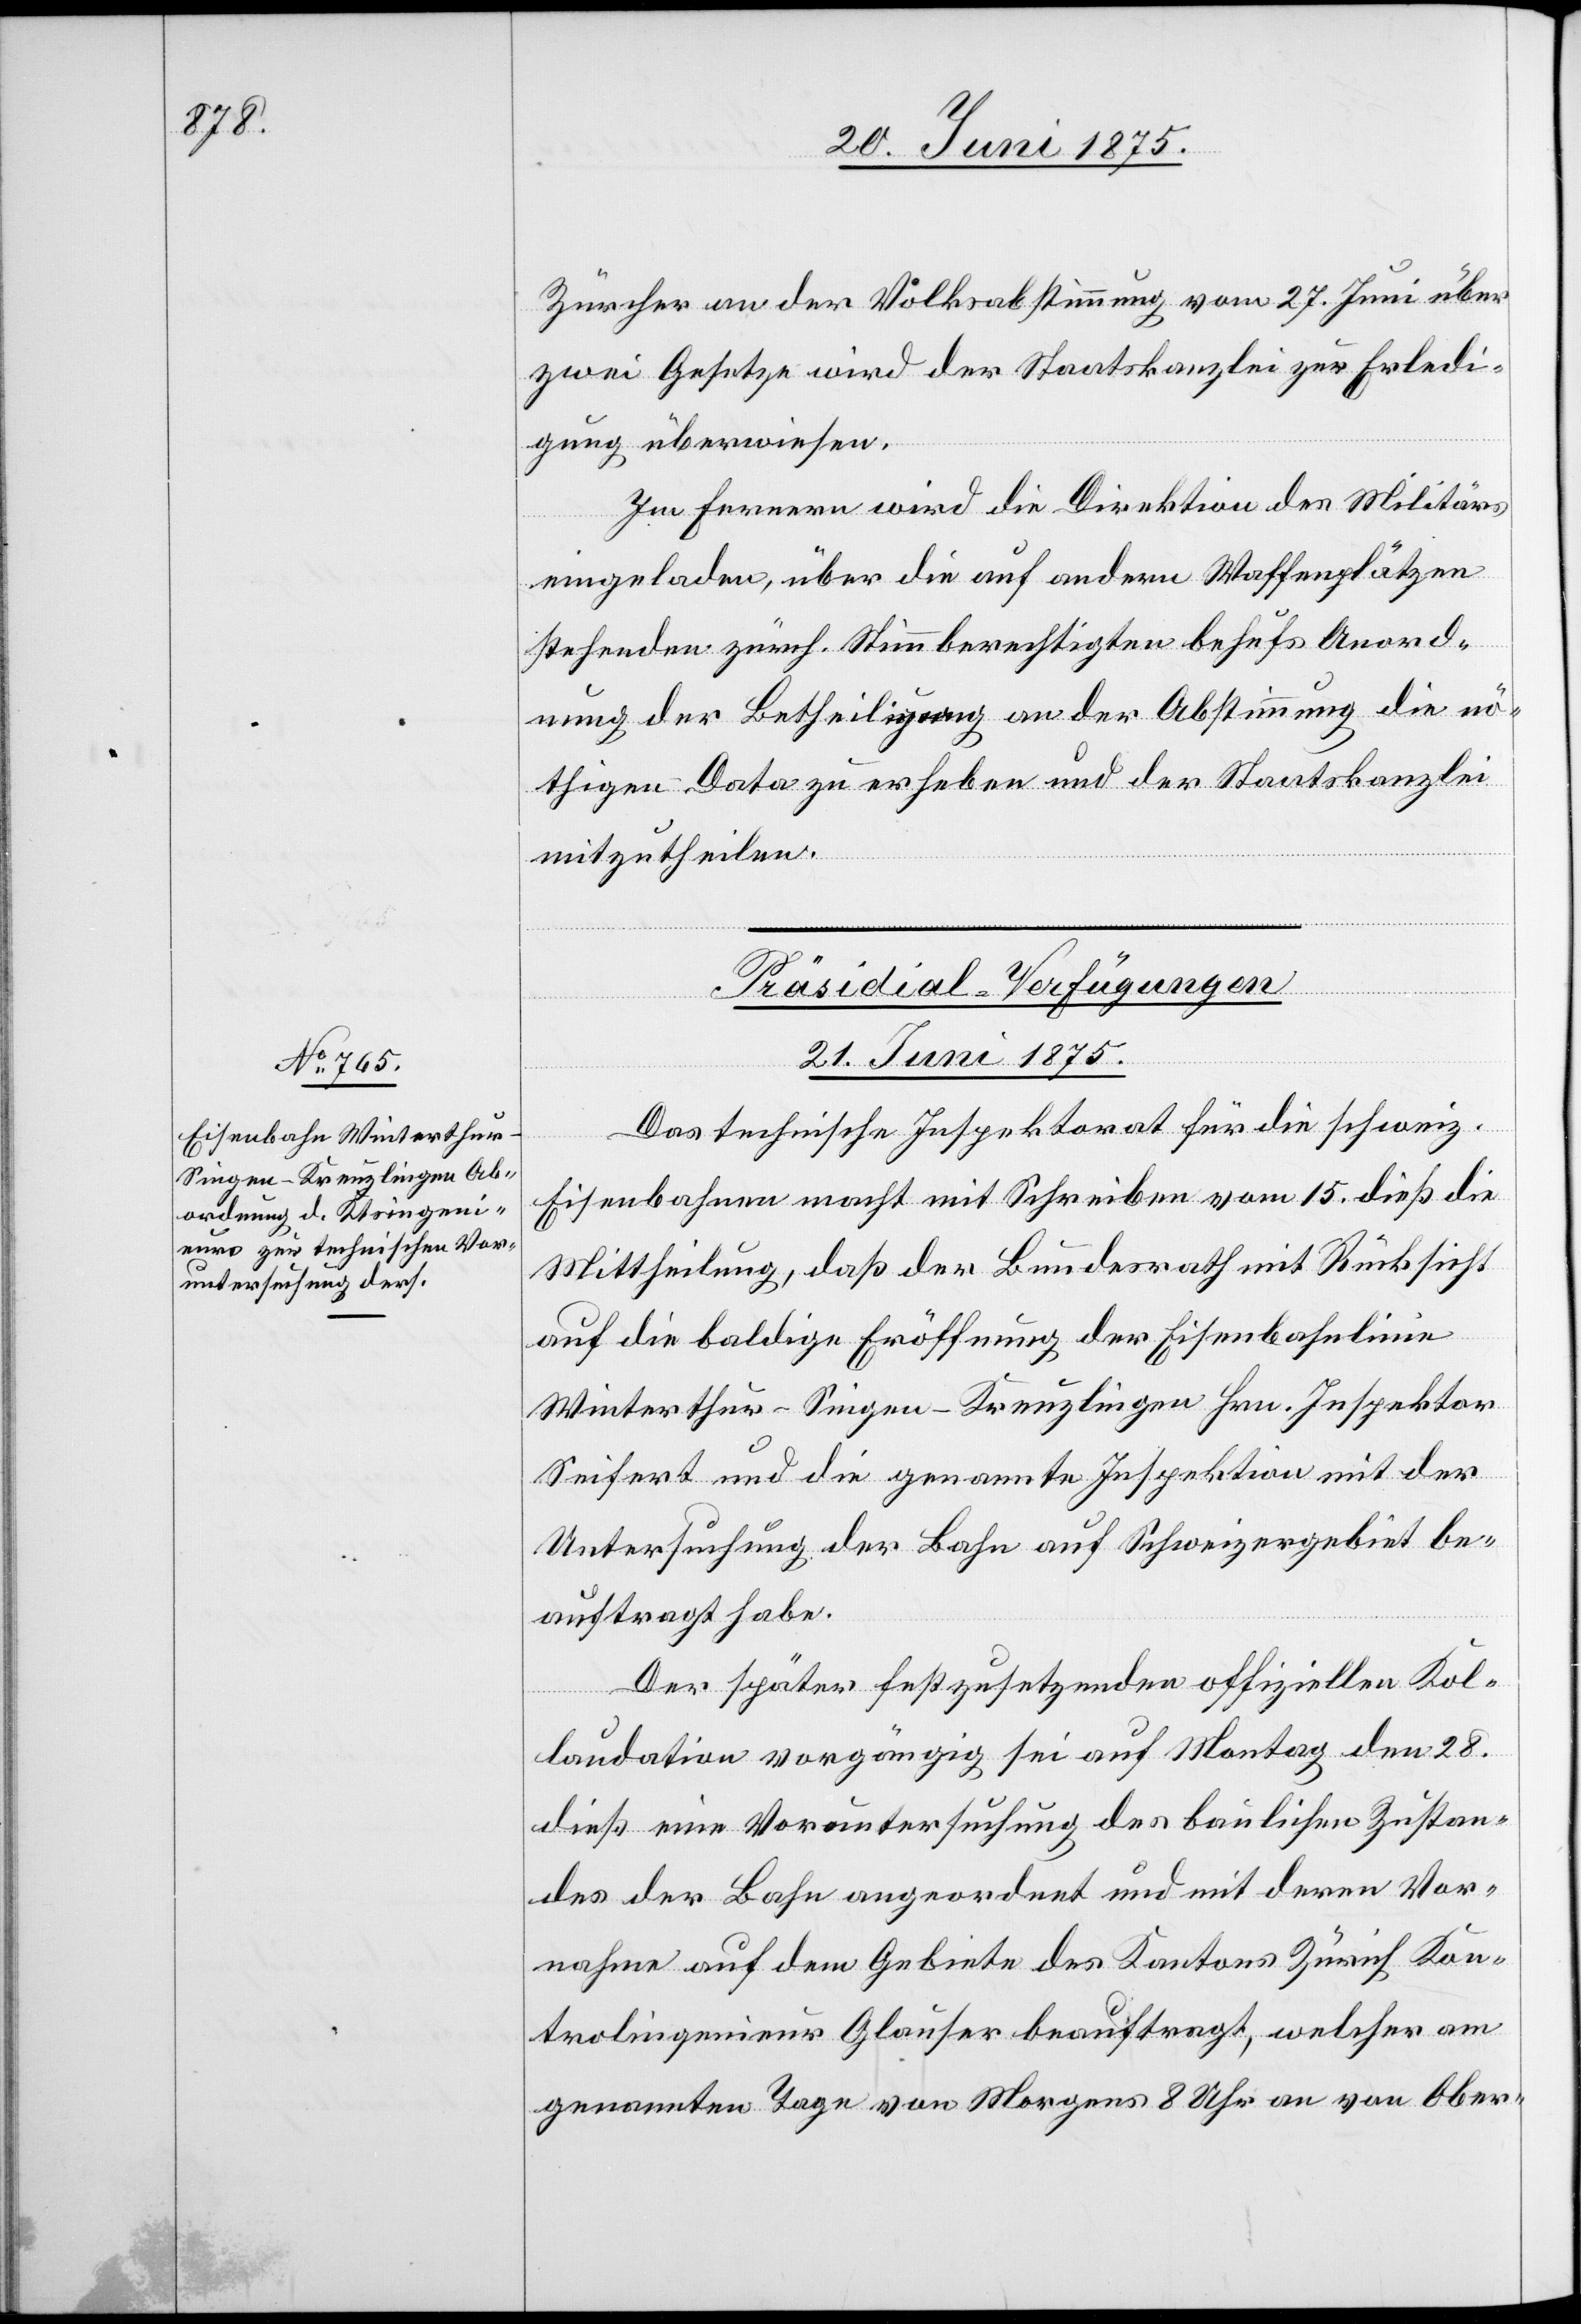
Zürcher an der Volksabstimmung vom 27. Juni über
zwei Gesetze wird der Staatskanzlei zur Erledi¬
gung überwiesen.
Im Fernern wird die Direktion des Militärs
eingeladen, über die auf andern Waffenplätzen
stehenden zürch. Stimmberechtigten behufs Anord¬
nung der Betheiligung an der Abstimmung die nö¬
thigen Data zu erheben und der Staatskanzlei
mitzutheilen.
Präsidial-Verfügungen.
21. Juni 1875.
Das technische Inspektorat für die schweiz.
Eisenbahnen macht mit Schreiben vom 15. dieß die
Mittheilung, daß der Bundesrath mit Rücksicht
auf die baldige Eröffnung der Eisenbahnlinie
Winterthur–Singen–Kreuzlingen Hrn. Inspektor
Seifert und die genannte Inspektion mit der
Untersuchung der Bahn auf Schweizergebiet be¬
auftragt habe.
Der später festzusetzenden offiziellen Kol¬
laudation vorgängig sei auf Montag den 28.
dieß eine Voruntersuchung des baulichen Zustan¬
des der Bahn angeordnet und mit deren Vor¬
nahme auf dem Gebiete des Kantons Zürich Kon¬
trolingenieur Glauser beauftragt, welcher am
genannten Tage von Morgens 8 Uhr an von Ober-